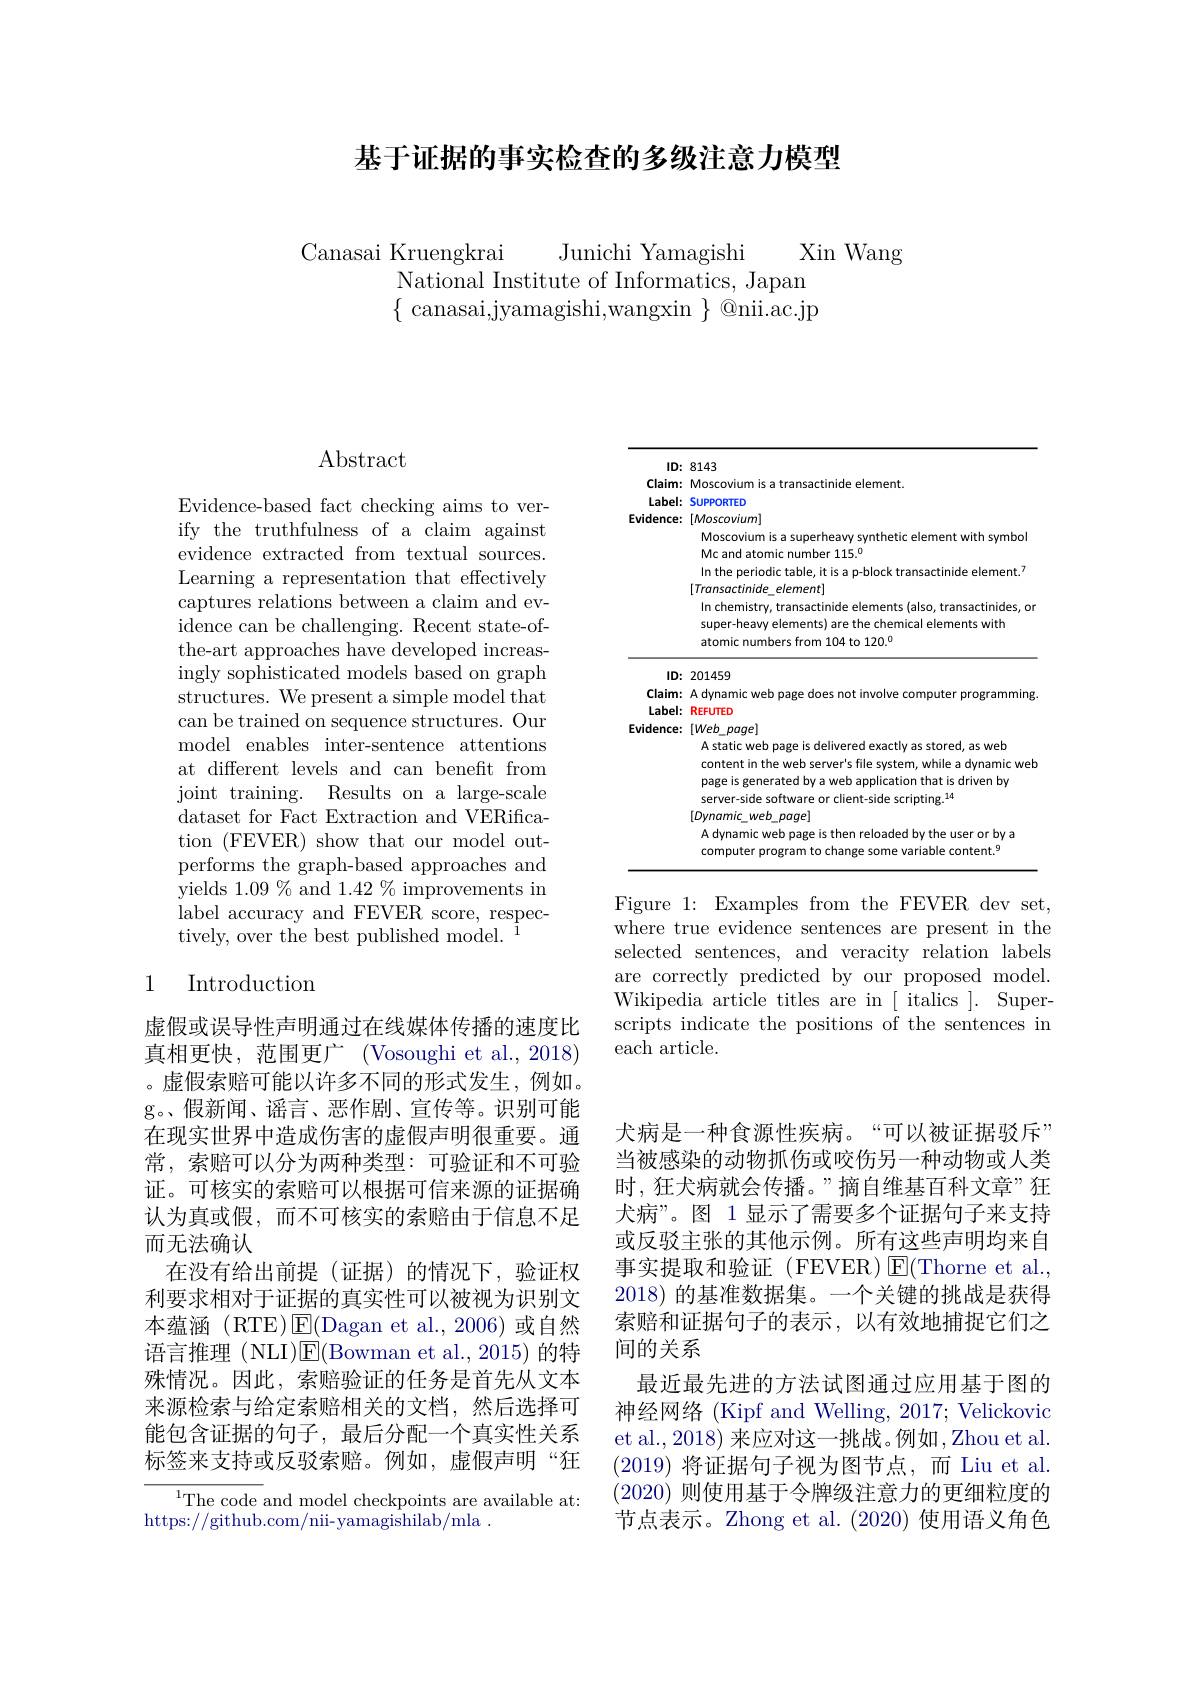
基于证据的事实检查的多级注意力模型

Canasai Kruengkrai
Junichi Yamagishi
Xin Wang
National Institute of Informatics, Japan $\{$ canasai,jyamagishi,wangxin $\}$ @nii.ac.jp

## $\operatorname{Abstract}$

Evidence-based fact checking aims to verify the truthfulness of a claim against evidence extracted from textual sources. Learning a representation that effectively captures relations between a claim and evidence can be challenging. Recent state-ofthe-art approaches have developed increasingly sophisticated models based on graph structures. We present a simple model that can be trained on sequence structures. Our model enables inter-sentence attentions at different levels and can benefit from joint training. Results on a large-scale dataset for Fact Extraction and VERification (FEVER) show that our model outperforms the graph-based approaches and yields 1.09 % and 1.42 % improvements in label accuracy and FEVER score, respectively, over the best published model. 1

## 1 Introduction

虚假或误导性声明通过在线媒体传播的速度比真相更快，范围更广 (Vosoughi et al.,2018) 。虚假索赔可能以许多不同的形式发生，例如。g。、假新闻、谣言、恶作剧、宣传等。识别可能在现实世界中造成伤害的虚假声明很重要。通常，索赔可以分为两种类型：可验证和不可验证。可核实的索赔可以根据可信来源的证据确认为真或假，而不可核实的索赔由于信息不足而无法确认
在没有给出前提(证据)的情况下，验证权利要求相对于证据的真实性可以被视为识别文本蕴涵(RTE)$\operatorname{E}($Dagan et al.,2006)或自然语言推理(NLI)E$( Bowman et al. , 2015)$的特殊情况。因此，索赔验证的任务是首先从文本来源检索与给定索赔相关的文档，然后选择可能包含证据的句子，最后分配一个真实性关系标签来支持或反驳索赔。例如，虚假声明“狂

$^{1}$The code and model checkpoints are available at:
https://github.com/nii-yamagishilab/mla .

<table>
	<tbody>
		<tr>
			<td>$ID:$</td>
			<td>$\mathbf{D}\colon8143$</td>
		</tr>
		<tr>
			<td>$Claim:$</td>
			<td>element. $m:$</td>
		</tr>
		<tr>
			<td>Label:</td>
			<td>$2|\cdot$ SUPPORTED</td>
		</tr>
		<tr>
			<td>Evidence:</td>
			<td>$[Moscovium]$ $e_{i}^{*}$</td>
		</tr>
		<tr>
			<td> </td>
			<td>with svmbol Masrnvi</td>
		</tr>
		<tr>
			<td> </td>
			<td>number 115.0 Mcanc</td>
		</tr>
		<tr>
			<td> </td>
			<td>element.' In the</td>
		</tr>
		<tr>
			<td> </td>
			<td>Transactinide element]</td>
		</tr>
		<tr>
			<td> </td>
			<td>$C$ In chemistry, transactinide elements (also, transactinides, or super-heavy elements) are the chemical elements with atomic numbers from 104 to 120.</td>
		</tr>
		<tr>
			<td>$Claim:$</td>
			<td>rammine</td>
		</tr>
		<tr>
			<td>Label:</td>
			<td>2|: REFUTED</td>
		</tr>
		<tr>
			<td>Evidence:</td>
			<td>$[Web\_page]$ $e_{i}^{*}$</td>
		</tr>
		<tr>
			<td> </td>
			<td>A static web page is delivered exactly as stored, as web content in the web server's file system, while a dynamic web page is generated by a web application that is driven by server-side software or client-side scripting.$^{14}$</td>
		</tr>
		<tr>
			<td> </td>
			<td>A dynamic web page is then reloaded by the user or by a COMNITPR s variable content.$^{9}$</td>
		</tr>
	</tbody>
</table>

Figure 1: Examples from the FEVER dev set, where true evidence sentences are present in the selected sentences, and veracity relation labels are correctly predicted by our proposed model. Wikipedia article titles are in [ italics ]. Superscripts indicate the positions of the sentences in each article.

犬病是一种食源性疾病。“可以被证据驳斥” 当被感染的动物抓伤或咬伤另一种动物或人类时，狂犬病就会传播。”摘自维基百科文章”狂犬病”。图 1 显示了需要多个证据句子来支持或反驳主张的其他示例。所有这些声明均来自事实提取和验证(FEVER)E(Thorne et al. 2018)的基准数据集。一个关键的挑战是获得索赔和证据句子的表示，以有效地捕捉它们之间的关系
最近最先进的方法试图通过应用基于图的神经网络(Kipf and Welling, 2017; Velickovic et al., 2018) 来应对这一挑战。例如，Zhou et al. (2019)将证据句子视为图节点，而 Liu et al. (2020)则使用基于令牌级注意力的更细粒度的节点表示。Zhong et al.(2020) 使用语义角色